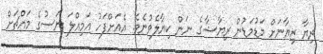
ރިޔާ ޒިޔާނަށް މަޑުމަޑުން ރިޔާޝާގެ ނަން ކިޔާލެވުނެވެ. އެއަށްފަހު އަމިއްލަ ނަސުގެ މައްޗަށް